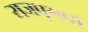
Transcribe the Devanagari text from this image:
राजपुमारों